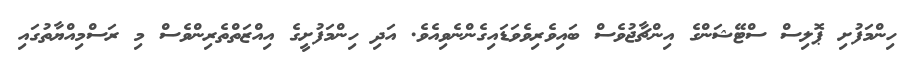
ހިންމަފުށި ޕޮލިސް ސްޓޭޝަންގެ އިންޗާޖުވެސް ބައިވެރިވެވަޑައިގެންނެވިއެވެ. އަދި ހިންމަފުށީގެ އިއްޒަތްތެރިންވެސް މި ރަސްމިއްޔާތުގައި